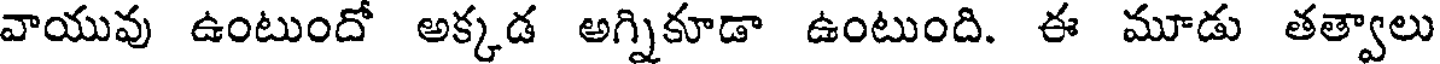
వాయువు ఉంటుందో అక్కడ అగ్నికూడా ఉంటుంది. ఈ మూడు తత్వాలు